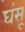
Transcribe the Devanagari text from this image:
घंसू